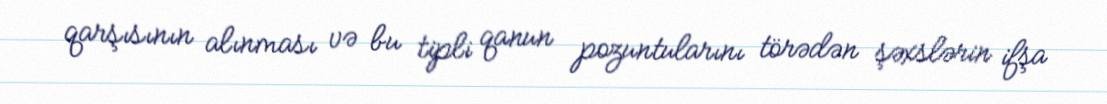
qarşısının alınması və bu tipli qanun pozuntularını törədən şəxslərin ifşa